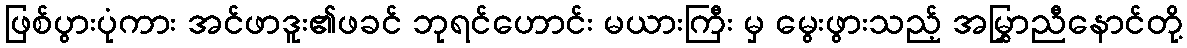
ဖြစ်ပွားပုံကား အင်ဖာဒူး၏ဖခင် ဘုရင်ဟောင်း မယားကြီး မှ မွေးဖွားသည့် အမြွှာညီနောင်တို့